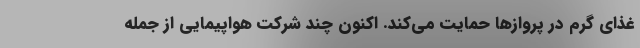
غذای گرم در پروازها حمایت می‌کند. اکنون چند شرکت هواپیمایی از جمله